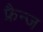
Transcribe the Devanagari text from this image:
फ्रैन्ज